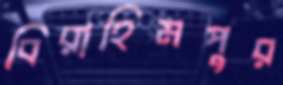
বিরাহিমপুর